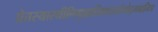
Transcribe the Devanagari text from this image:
प्रेतस्यास्थीनिगृह्णातिप्रधानांगोद्भवानिच